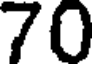
70